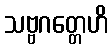
သဗ္ဗဂတ္တေဟိ